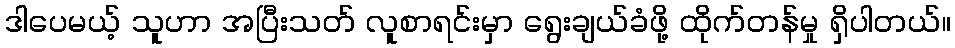
ဒါပေမယ့် သူဟာ အပြီးသတ် လူစာရင်းမှာ ရွေးချယ်ခံဖို့ ထိုက်တန်မှု ရှိပါတယ်။